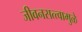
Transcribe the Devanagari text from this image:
जीवनसत्त्वामुळे